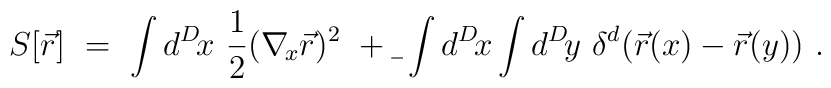
S[\vec r]\ =\ \int d^D\! x\ {1\over 2} (\nabla_{\!x}\vec r) ^2\ +\b\ \int d^D\!x\int d^D\!y\ \delta^{d}(\vec r(x)-\vec r(y))\ .